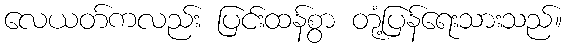
လေယတ်ကလည်း ပြင်းထန်စွာ တုံ့ပြန်ရေးသားသည်။